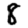
Digit: 8